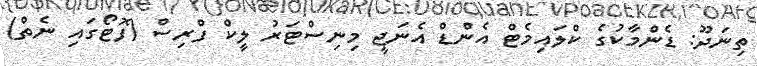
ތިނަދޫ: ޑެންމާކުގެ ކްލައިމެޓް އެންޑް އެނަޖީ މިނިސްޓަރު ލީކް ފްރިސް (ފޮޓޯގައި ނެތް)